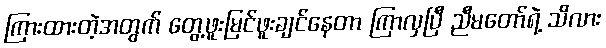
ကြားထားတဲ့အတွက် တွေ့ဖူးမြင်ဖူးချင်နေတာ ကြာလှပြီ ညီမတော်ရဲ့ သိလား